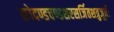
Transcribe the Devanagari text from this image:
कोदण्डचण्डशरसर्जितशत्रुजूर्तेः